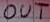
Text: OUT